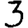
Digit: 3